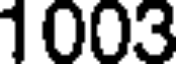
1003